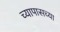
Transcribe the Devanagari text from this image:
च्यापासच्या